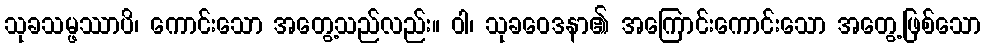
သုခသမ္ဖဿာပိ၊ ကောင်းသော အတွေ့သည်လည်း။ ဝါ၊ သုခဝေဒနာ၏ အကြောင်းကောင်းသော အတွေ့ဖြစ်သော